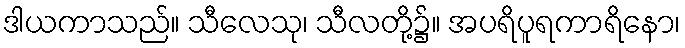
ဒါယကာသည်။ သီလေသု၊ သီလတို့၌။ အပရိပူရကာရိနော၊